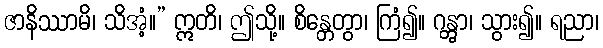
ဇာနိဿာမိ၊ သိအံ့။” ဣတိ၊ ဤသို့။ စိန္တေတွာ၊ ကြံ၍။ ဂန္တွာ၊ သွား၍။ ရညာ၊